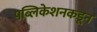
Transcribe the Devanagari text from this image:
पब्लिकेशनकडून